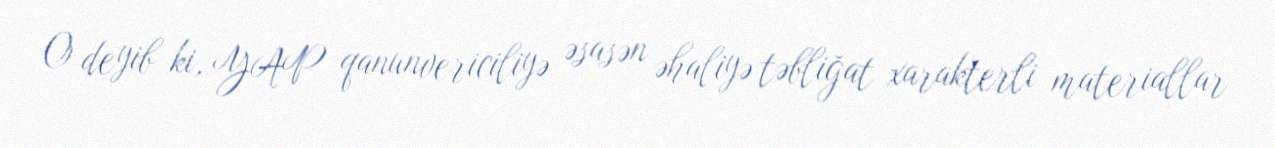
O deyib ki, YAP qanunvericiliyə əsasən əhaliyə təbliğat xarakterli materiallar